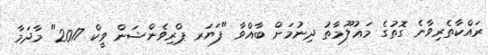
ރައްކާތެރިވާނެ ގޮތުގެ މަޢުލޫމާތު ދިނުމަށް ބާއްވާ "ފަޔަރ ޕްރިވެންޝަން ވީކް 2017" މާދަމާ